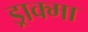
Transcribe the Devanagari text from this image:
ड्राक्मा